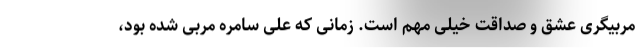
مربیگری عشق و صداقت خیلی مهم است. زمانی که علی سامره مربی شده بود،